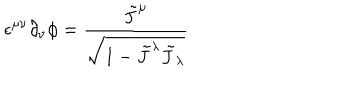
LaTeX: \epsilon ^ { \mu \nu } \partial _ { \nu } \phi = \frac { \tilde { J } ^ { \mu } } { \sqrt { 1 - \tilde { J } ^ { \lambda } \tilde { J } _ { \lambda } } }